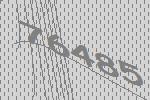
76485